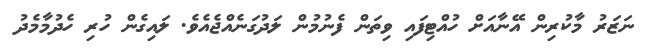
ނަޒަރު މާކުރިން އޭނާއަށް ހުއްޓިފައި ވިތަން ފެނުމުން ލަދުގަނެއްޖެއެވެ. ލައިގެން ހުރި ހެދުމާމެދު